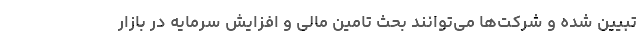
تبیین شده و شرکت‌ها می‌توانند بحث تامین مالی و افزایش سرمایه در بازار